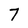
Character: 7